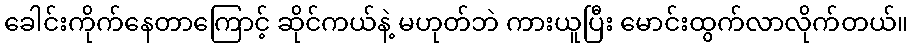
ခေါင်းကိုက်နေတာကြောင့် ဆိုင်ကယ်နဲ့ မဟုတ်ဘဲ ကားယူပြီး မောင်းထွက်လာလိုက်တယ်။